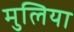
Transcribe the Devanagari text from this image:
मुलिया